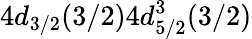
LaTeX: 4d_{3/2}(3/2)4d_{5/2}^{3}(3/2)